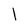
Character: 1